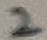
Text: 2